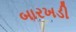
બારખડી